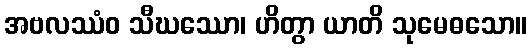
အဗလဿံဝ သီဃဿော၊ ဟိတွာ ယာတိ သုမေဓသော။